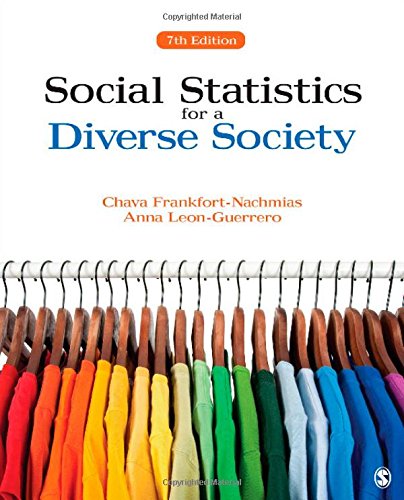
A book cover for Social Statistics for a Diverse Society; Chava Frankfort-Nachmias; Science & Math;